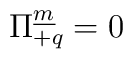
\Pi^{\underline{m}}_{+q} = 0